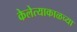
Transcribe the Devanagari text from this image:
केलेत्याकाळच्या